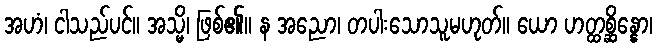
အဟံ၊ ငါသည်ပင်။ အသ္မိ၊ ဖြစ်၏။ န အညော၊ တပါးသောသူမဟုတ်။ ယော ဟတ္ထစ္ဆိန္နော၊